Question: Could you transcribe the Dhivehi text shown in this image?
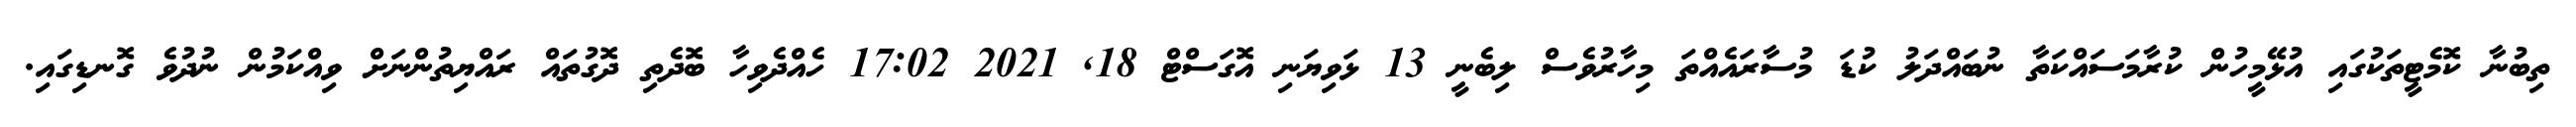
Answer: ތިބުނާ ކޮމެޓީތަކުގައި އުޅޭމީހުން ކުރާމަސައްކަތާ ނުބައްދަލު ކުޑަ މުސާރައެއްތަ މިހާރުވެސް ލިބެނީ 13 ޅަވިޔަނި އޮގަސްޓް 18, 2021 17:02 ހެއްދެވިހާ ބޮދެތި ދޮގުތައް ރައްޔިތުންނަށް ވިއްކަމުން ނުދުވެ ގޮނޑިގައި.